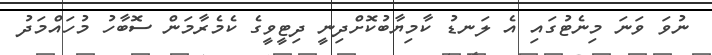
ނުވަ ވަނަ މިނެޓުގައި އެ ލަނޑު ކާމިޔާބުކޮށްދިނީ ދިޓީވީގެ ކެމެރާމަން ސޮބާހު މުހައްމަދު